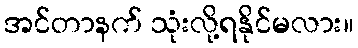
အင်တာနက် သုံးလို့ရနိုင်မလား။